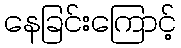
နေခြင်းကြောင့်